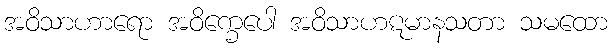
အဝိသာဟာရော အဝိက္ခေပေါ အဝိသာဟဋမာနသတာ သမထော